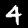
Digit: 4